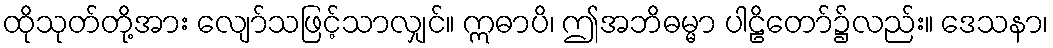
ထိုသုတ်တို့အား လျော်သဖြင့်သာလျှင်။ ဣဓာပိ၊ ဤအဘိဓမ္မာ ပါဠိတော်၌လည်း။ ဒေသနာ၊